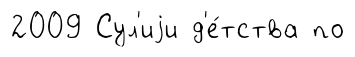
2009 Сул'иjи д'е́тства по